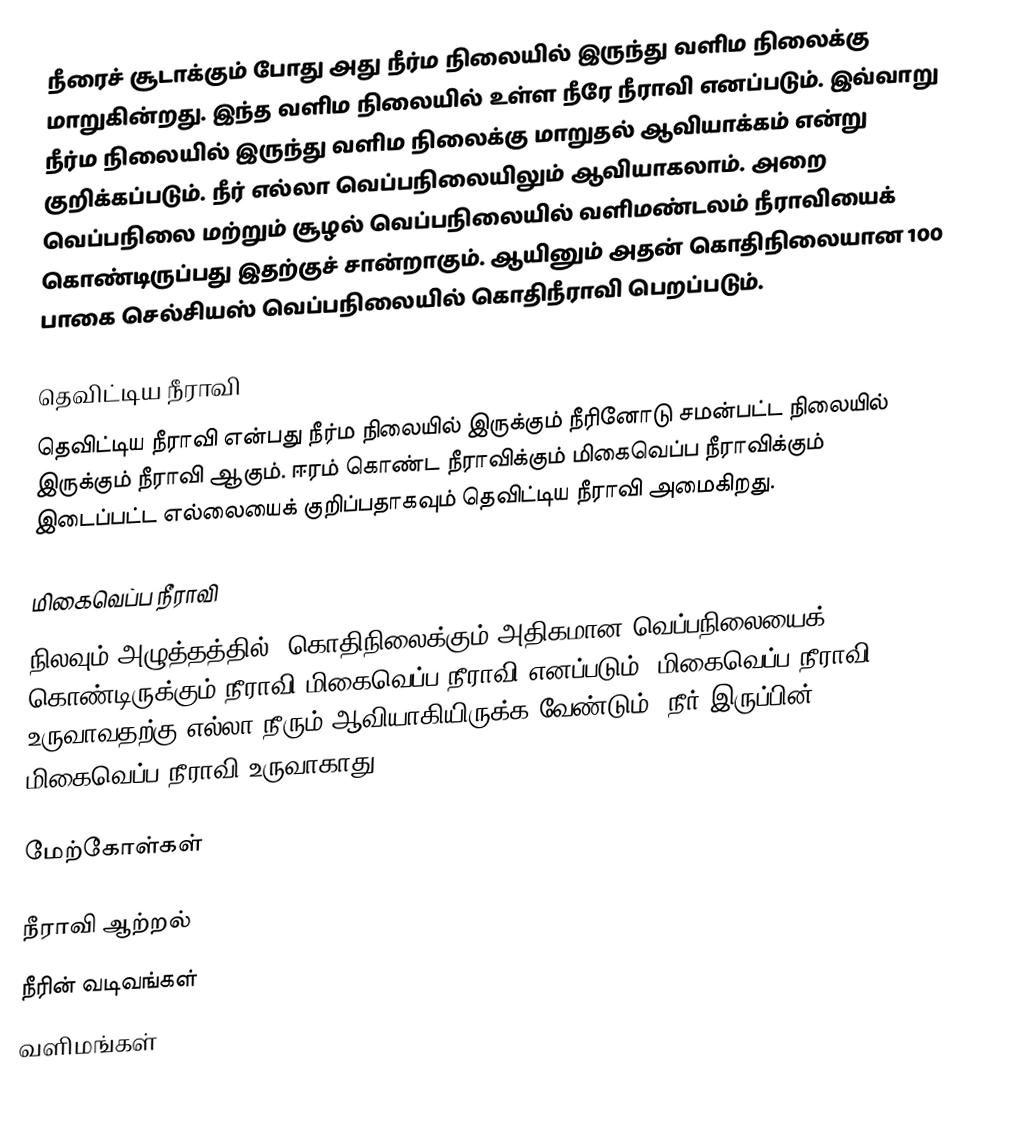
நீரைச் சூடாக்கும் போது அது நீர்ம நிலையில் இருந்து வளிம நிலைக்கு மாறுகின்றது. இந்த வளிம நிலையில் உள்ள நீரே நீராவி எனப்படும். இவ்வாறு நீர்ம நிலையில் இருந்து வளிம நிலைக்கு மாறுதல் ஆவியாக்கம் என்று குறிக்கப்படும். நீர் எல்லா வெப்பநிலையிலும் ஆவியாகலாம். அறை வெப்பநிலை மற்றும் சூழல் வெப்பநிலையில் வளிமண்டலம் நீராவியைக் கொண்டிருப்பது இதற்குச் சான்றாகும். ஆயினும் அதன் கொதிநிலையான 100 பாகை செல்சியஸ் வெப்பநிலையில் கொதிநீராவி பெறப்படும்.

தெவிட்டிய நீராவி
தெவிட்டிய நீராவி என்பது நீர்ம நிலையில் இருக்கும் நீரினோடு சமன்பட்ட நிலையில் இருக்கும் நீராவி ஆகும். ஈரம் கொண்ட நீராவிக்கும் மிகைவெப்ப நீராவிக்கும் இடைப்பட்ட எல்லையைக் குறிப்பதாகவும் தெவிட்டிய நீராவி அமைகிறது.

மிகைவெப்ப நீராவி
நிலவும் அழுத்தத்தில், கொதிநிலைக்கும் அதிகமான வெப்பநிலையைக் கொண்டிருக்கும் நீராவி மிகைவெப்ப நீராவி எனப்படும். மிகைவெப்ப நீராவி உருவாவதற்கு எல்லா நீரும் ஆவியாகியிருக்க வேண்டும். நீர் இருப்பின் மிகைவெப்ப நீராவி உருவாகாது.

மேற்கோள்கள்

நீராவி ஆற்றல்
நீரின் வடிவங்கள்
வளிமங்கள்